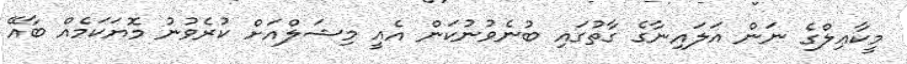
މީކާޢިލްގެ ނަން އަލައިނާގެ ގާތުގައި ބުނެވުނުކަން އެއީ މިޝަލްއަށް ކުރެވުނު މޮޔަކަމެއް ބާއޭ